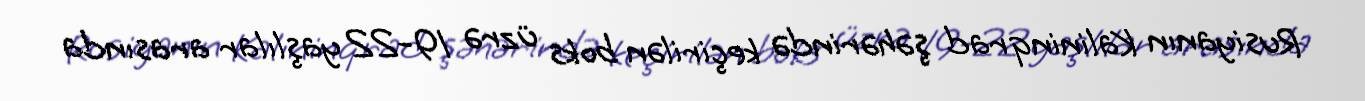
Rusiyanın Kalininqrad şəhərində keçirilən boks üzrə 19-22 yaşlılar arasında